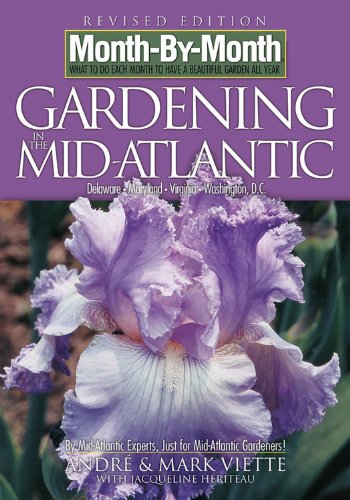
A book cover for Month-By-Month Gardening in the Mid-Atlantic; Andre Viette; Crafts, Hobbies & Home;